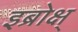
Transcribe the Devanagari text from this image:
इब्रोक्ष्